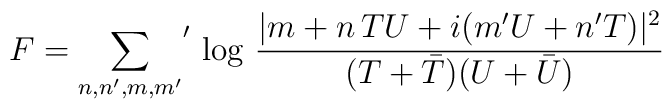
F = {\sum_{n,n',m,m'}}' \, \log \, \frac{|m+ n\, TU +i (m' U +    n'T)|^2}{(T + \bar{T})(U + \bar{U})}